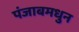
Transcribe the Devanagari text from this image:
पंजाबमधुन